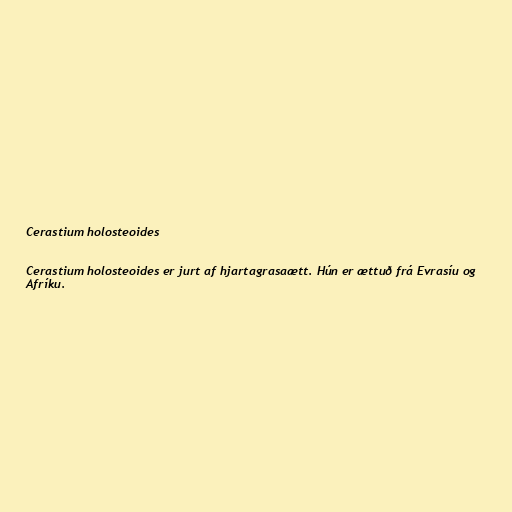
Cerastium holosteoides

Cerastium holosteoides er jurt af hjartagrasaætt. Hún er ættuð frá Evrasíu og
Afríku.